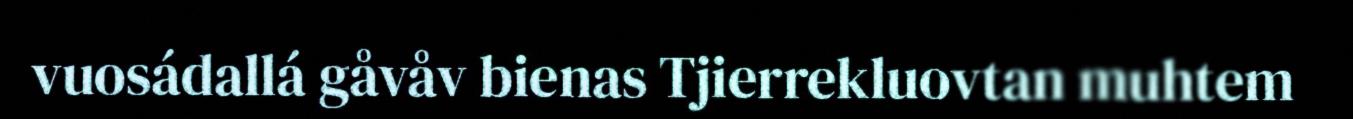
vuosádallá gåvåv bienas Tjierrekluovtan muhtem